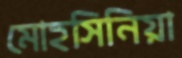
মোহসিনিয়া